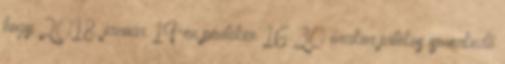
hogy 2018. január 19-én pénteken 16:30 órakor játékos ismerkedő